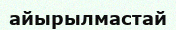
айырылмастай